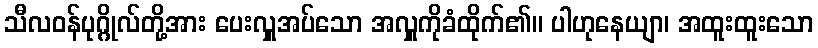
သီလဝန်ပုဂ္ဂိုလ်တို့အား ပေးလှူအပ်သော အလှူကိုခံထိုက်၏။ ပါဟုနေယျာ၊ အထူးထူးသော